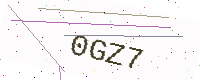
Text: 0GZ7